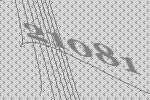
21081